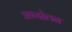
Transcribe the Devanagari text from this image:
अान्दोलन